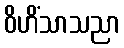
ဝိဟိံသာသညာ